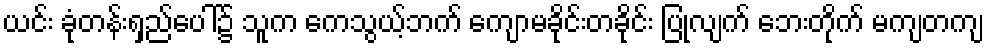
ယင်း ခုံတန်းရှည်ပေါ်၌ သူက ကေသွယ့်ဘက် ကျောမခိုင်းတခိုင်း ပြုလျက် ဘေးတိုက် မကျတကျ